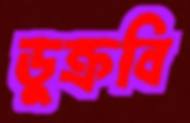
ডুক্‌রবি